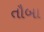
તૌબા